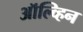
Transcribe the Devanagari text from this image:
ऑल्व्हिन